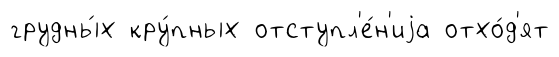
грудны́х кру́пных отступл'е́н'иjа отхо́д'ят